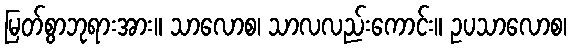
မြတ်စွာဘုရားအား။ သာလောစ၊ သာလလည်းကောင်း။ ဥပသာလောစ၊